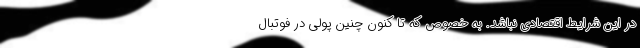
در این شرایط اقتصادی نباشد. به خصوص که تا کنون چنین پولی در فوتبال